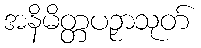
အနိမိတ္တပဉှာသုတ်